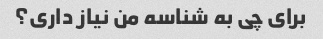
برای چی به شناسه من نیاز داری؟